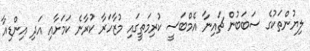
ލިޔުންތަކުގެ ސަބަބުން ޗައިނާ އެމްބަސީ ކުރިމަތީގައި މުޒާހަރާ ކުރާނެ ކަމަށާއި އަދި އިންޑިއާ